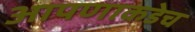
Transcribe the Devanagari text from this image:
आपणाकडेच